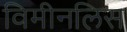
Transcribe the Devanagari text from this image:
विमीनलिस